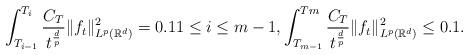
LaTeX: \begin{align*}\int_{T_{i-1}}^{T_i}\frac{C_T}{t^{\frac{d}{p}}}\|f_t\|^2_{L^p(\mathbb{R}^d)}=0.1 1\leq i\leq m-1 , \int_{T_{m-1}}^{Tm}\frac{C_T}{t^{\frac{d}{p}}}\|f_t\|_{L^p(\mathbb{R}^d)}^2\leq 0.1.\end{align*}